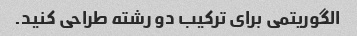
الگوریتمی برای ترکیب دو رشته طراحی کنید.